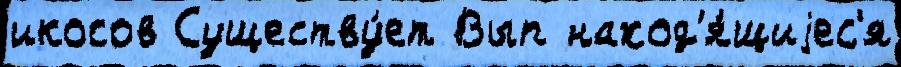
икосов Существу́ет Вып наход'я́щиjес'я